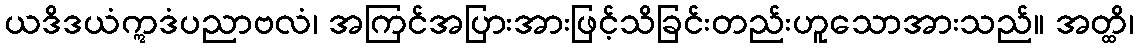
ယဒိဒယံဣဒံပညာဗလံ၊ အကြင်အပြားအားဖြင့်သိခြင်းတည်းဟူသောအားသည်။ အတ္ထိ၊